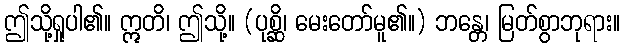
ဤသို့ရှုပါ၏။ ဣတိ၊ ဤသို့။ (ပုစ္ဆိ၊ မေးတော်မူ၏။) ဘန္တေ၊ မြတ်စွာဘုရား။